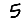
Digit: 5